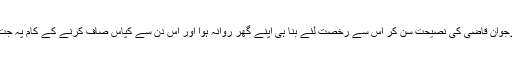
”میں نوجوان قاضی کی نصیحت سن کر اُس سے رخصت لئے بنا ہی اپنے گھر روانہ ہوا اور اُس دن سے کپاس صاف کرنے کے کام پہ جت گیا “۔